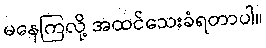
မနေကြလို့ အထင်သေးခံရတာပါ။